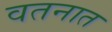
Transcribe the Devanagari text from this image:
वतनात